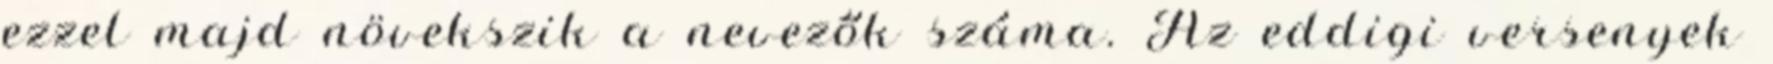
ezzel majd növekszik a nevezők száma. Az eddigi versenyek